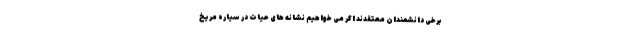
برخی دانشمندان معتقدند اگر می خواهیم نشانه های حیات در سیاره مریخ